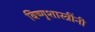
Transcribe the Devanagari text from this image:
विष्णुशास्त्रींनी